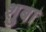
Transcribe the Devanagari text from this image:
शुबा